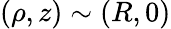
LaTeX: (\rho,z)\sim(R,0)